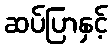
ဆပ်ပြာနှင့်